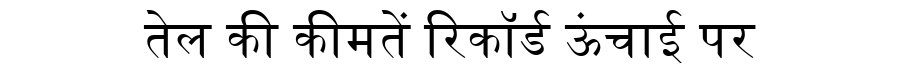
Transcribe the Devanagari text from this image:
तेल की कीमतें रिकॉर्ड ऊंचाई पर